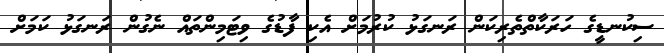
ސިކުނޑީީގެ ހަރަކާތްތެރިކަން ރަނގަޅު ކުރުމަށް އެކި ފާޑުގެ ވިޓަމިންތައް ނެގުން ރަނގަޅު ކަމަށް